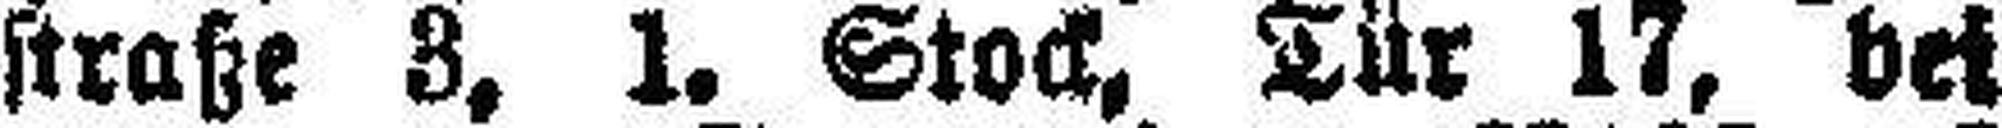
straße 3, 1. Stock, Tür 17, bei